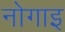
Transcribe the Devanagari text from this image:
नोगाइ